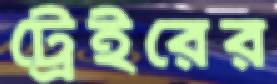
ট্রেইরের